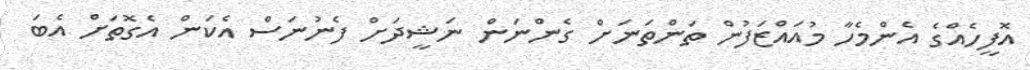
އޮފީހެއްގެ އެންމެހާ މުއައްޒަފުން ތަންތަނަށް ގެންނަން ނަޝީދަށް ފެނުނަސް އެކަން އެގޮތަށް އެބަ